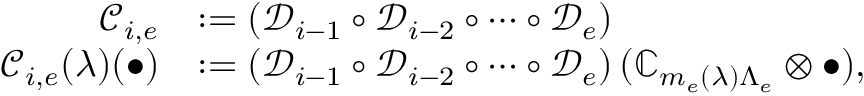
\begin{array} { r l } { \mathscr C _ { i , e } } & { : = \left( \mathscr D _ { i - 1 } \circ \mathscr D _ { i - 2 } \circ \cdots \circ \mathscr D _ { e } \right) } \\ { \mathscr C _ { i , e } ( \lambda ) ( \bullet ) } & { : = \left( \mathscr D _ { i - 1 } \circ \mathscr D _ { i - 2 } \circ \cdots \circ \mathscr D _ { e } \right) ( { \mathbb C } _ { m _ { e } ( \lambda ) \Lambda _ { e } } \otimes \bullet ) , } \end{array}